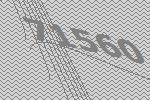
71560